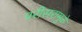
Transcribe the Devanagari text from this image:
परीसरामुळे